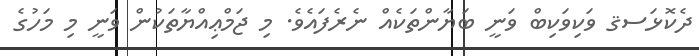
ދެކޮޅަސޤ ވަކިވަކިބް ވަނީ ބަޔާންތަކެއް ނެރެފައެވެ. މި ޖަމްޢިއްޔާތަކުން ވަނީ މި މަހުގެ